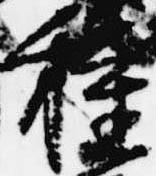
種